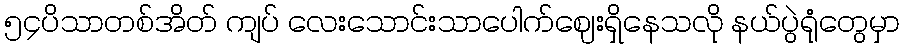
၅၄ပိသာတစ်အိတ် ကျပ် လေးသောင်းသာပေါက်ဈေးရှိနေသလို နယ်ပွဲရုံတွေမှာ